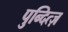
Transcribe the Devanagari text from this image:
पुन्दित्ज़